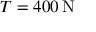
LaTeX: T = 4 0 0 \, \mathrm { N }